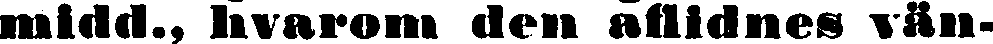
midd., hvarom den aflidnes vän-